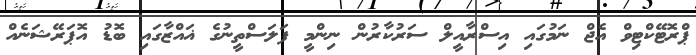
ޕްރޮޓޭކްޓިވް އެޖް ނަމުގައި އިސްރާއީލް ސަރުކާރުން ނިންމީ ފަލަސްތީނުގެ ޣައްޒާގައި ބޮޑު އޮޕަރޭޝަނެއް